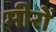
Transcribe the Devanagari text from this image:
मीरों